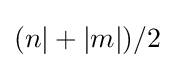
(n|+|m|)/2